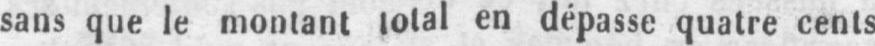
sans que le montant total en dépasse quatre cents